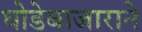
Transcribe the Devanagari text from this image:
घोडेबाजाराने